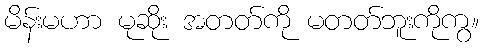
မိန်းမဟာ မုဆိုး အတတ်ကို မတတ်ဘူးကိုကွ။